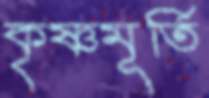
কৃষ্ণমূর্তি